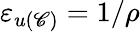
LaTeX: \varepsilon_{u(\mathscr{C})}=1/\rho